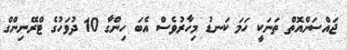
ޖައްސަންއޮތް ތަނަކީ ހަމަ ކަނޑު މިހާރުވެސް އެބަ ހިންގާ 10 ދުވަހުގެ ޓްރޭނިންގް